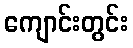
ကျောင်းတွင်း